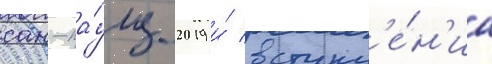
сан-па́улу 2019 и́ вступл'е́н'иа